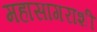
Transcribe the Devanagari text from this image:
महासागराशी